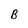
Character: B